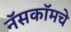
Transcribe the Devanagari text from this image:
नॅसकॉमचे